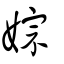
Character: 婃